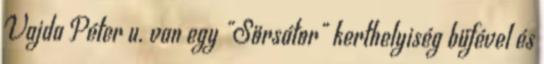
Vajda Péter u. van egy "Sörsátor" kerthelyiség büfével és